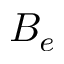
B _ { e }